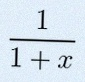
\frac{1}{1+x}